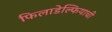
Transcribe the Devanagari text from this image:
फिलाडेल्फियाची